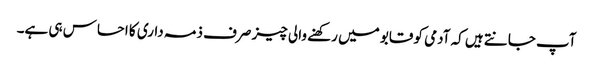
آپ جانتے ہیں کہ آدمی کو قابو میں رکھنے والی چیز صرف ذمہ داری کا احساس ہی ہے۔